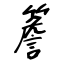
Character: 簷